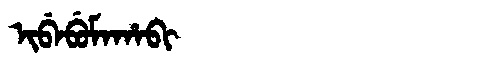
Manchu: ᡳᠪᡝᠪᡠᠮᠠᡥᠠᠪᡳ
Romanization: IBEBUMAHABI